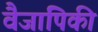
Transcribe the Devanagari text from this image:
वैजापिकी